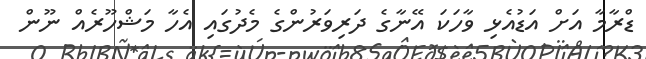
ޑްރާމާ އަށް އަޑުއެޅި ވާހަކަ އޭނާގެ ދަރިވަރުންގެ މެދުގައި އެހާ މަޝްހޫރެއް ނޫން